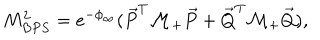
M _ { B P S } ^ { 2 } = e ^ { - \phi _ { \infty } } ( \vec { P } ^ { T } { \cal M } _ { + } \vec { P } + \vec { Q } ^ { T } { \cal M } _ { + } \vec { Q } ) ,